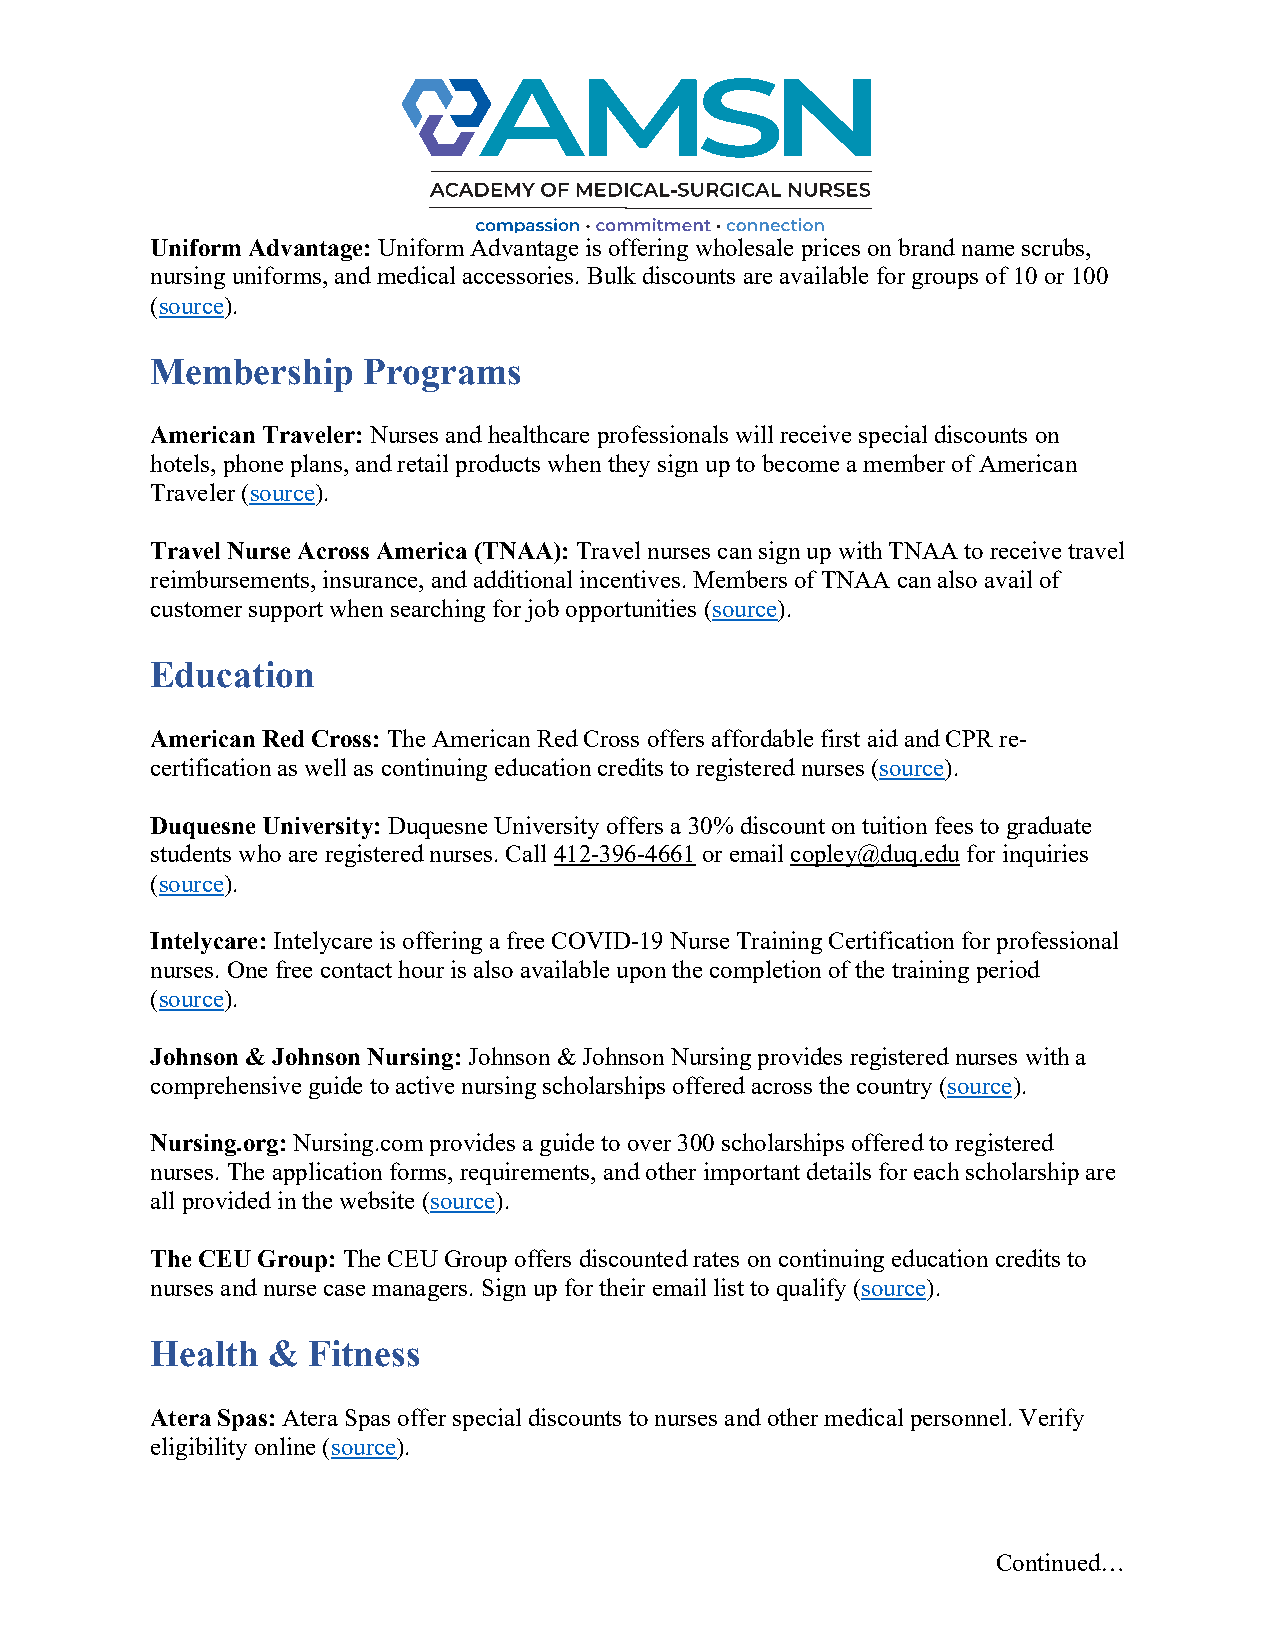
Uniform Advantage: Uniform Advantage is offering wholesale prices on brand name scrubs,
 nursing uniforms, and medical accessories. Bulk discounts are available for groups of 10 or 100
 (source).
 Membership    Programs
 American Traveler: Nurses and healthcare professionals will receive special discounts on
 hotels, phone plans, and retail products when they sign up to become a member of American
 Traveler (source).
 Travel Nurse Across America (TNAA): Travel nurses can sign up with TNAA to receive travel
 reimbursements, insurance, and additional incentives. Members of TNAA can also avail of
 customer support when searching for job opportunities (source).
 Education
 American Red Cross: The American Red Cross offers affordable first aid and CPR re-
 certification as well as continuing education credits to registered nurses (source).
 Duquesne University: Duquesne University offers a 30% discount on tuition fees to graduate
 students who are registered nurses. Call 412-396-4661 or email copley@duq.edu for inquiries
 (source).
 Intelycare: Intelycare is offering a free COVID-19 Nurse Training Certification for professional
 nurses. One free contact hour is also available upon the completion of the training period
 (source).
 Johnson & Johnson Nursing: Johnson & Johnson Nursing provides registered nurses with a
 comprehensive guide to active nursing scholarships offered across the country (source).
 Nursing.org: Nursing.com provides a guide to over 300 scholarships offered to registered
 nurses. The application forms, requirements, and other important details for each scholarship are
 all provided in the website (source).
 The CEU Group: The CEU Group offers discounted rates on continuing education credits to
 nurses and nurse case managers. Sign up for their email list to qualify (source).
 Health  & Fitness
 Atera Spas: Atera Spas offer special discounts to nurses and other medical personnel. Verify
 eligibility online (source).
 Continued…